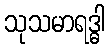
သုသမာရဒ္ဓါ